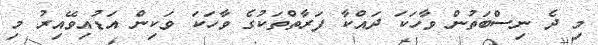
މި ދެ ނިސްބަތުން ވާހަކަ ދައްކާ ފަރާތްތަކުގެ ވާހަކަ ވަކިން އަޑުއިވޭއިރު މި